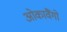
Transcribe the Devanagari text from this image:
ओकावैंगो